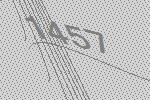
1457